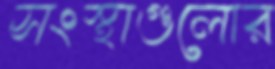
সংস্থাগুলোর